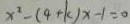
x ^ { 2 } - ( 4 + k ) x - 1 = 0